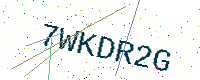
Text: 7WKDR2G